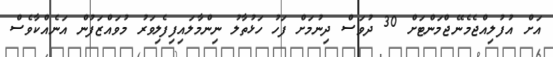
އަށް އުފުލިއްޖެމެނޭޖްމަންޓަށް 30 ދުވަސް ދިނުމަށް ފަހު ހަޅުތާލު ނިންމާލައިފިފެލިވަރު މުވައްޒަފުން އަނެއްކާވެސް